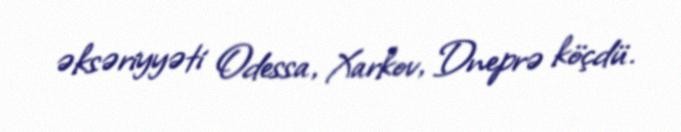
əksəriyyəti Odessa, Xarkov, Dneprə köçdü.